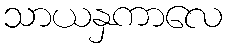
သာယနှကာလေ